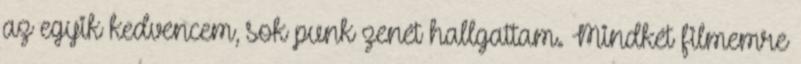
az egyik kedvencem, sok punk zenét hallgattam. Mindkét filmemre